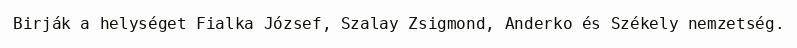
Birják a helységet Fialka József, Szalay Zsigmond, Anderko és Székely nemzetség.